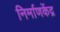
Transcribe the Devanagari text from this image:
निर्माणकेंद्र